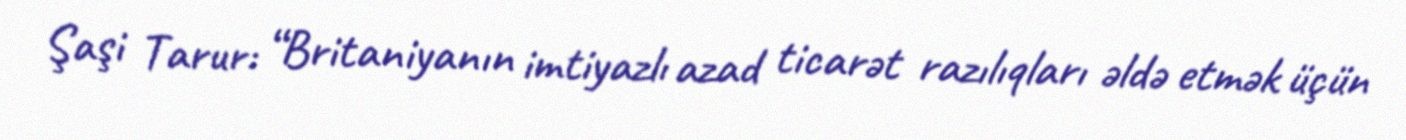
Şaşi Tarur: “Britaniyanın imtiyazlı azad ticarət razılıqları əldə etmək üçün